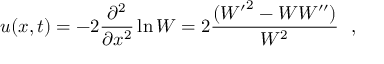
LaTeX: u ( x , t ) = - 2 \frac { \partial ^ { 2 } } { \partial x ^ { 2 } } \ln W = 2 \frac { ( { W ^ { \prime } } ^ { 2 } - W W ^ { \prime \prime } ) } { W ^ { 2 } } ~ ~ ,